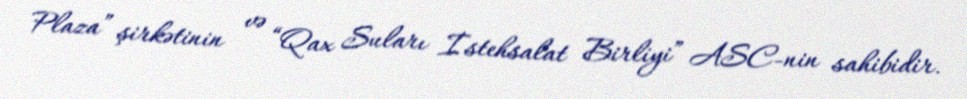
Plaza” şirkətinin və “Qax Suları İstehsalat Birliyi” ASC-nin sahibidir.